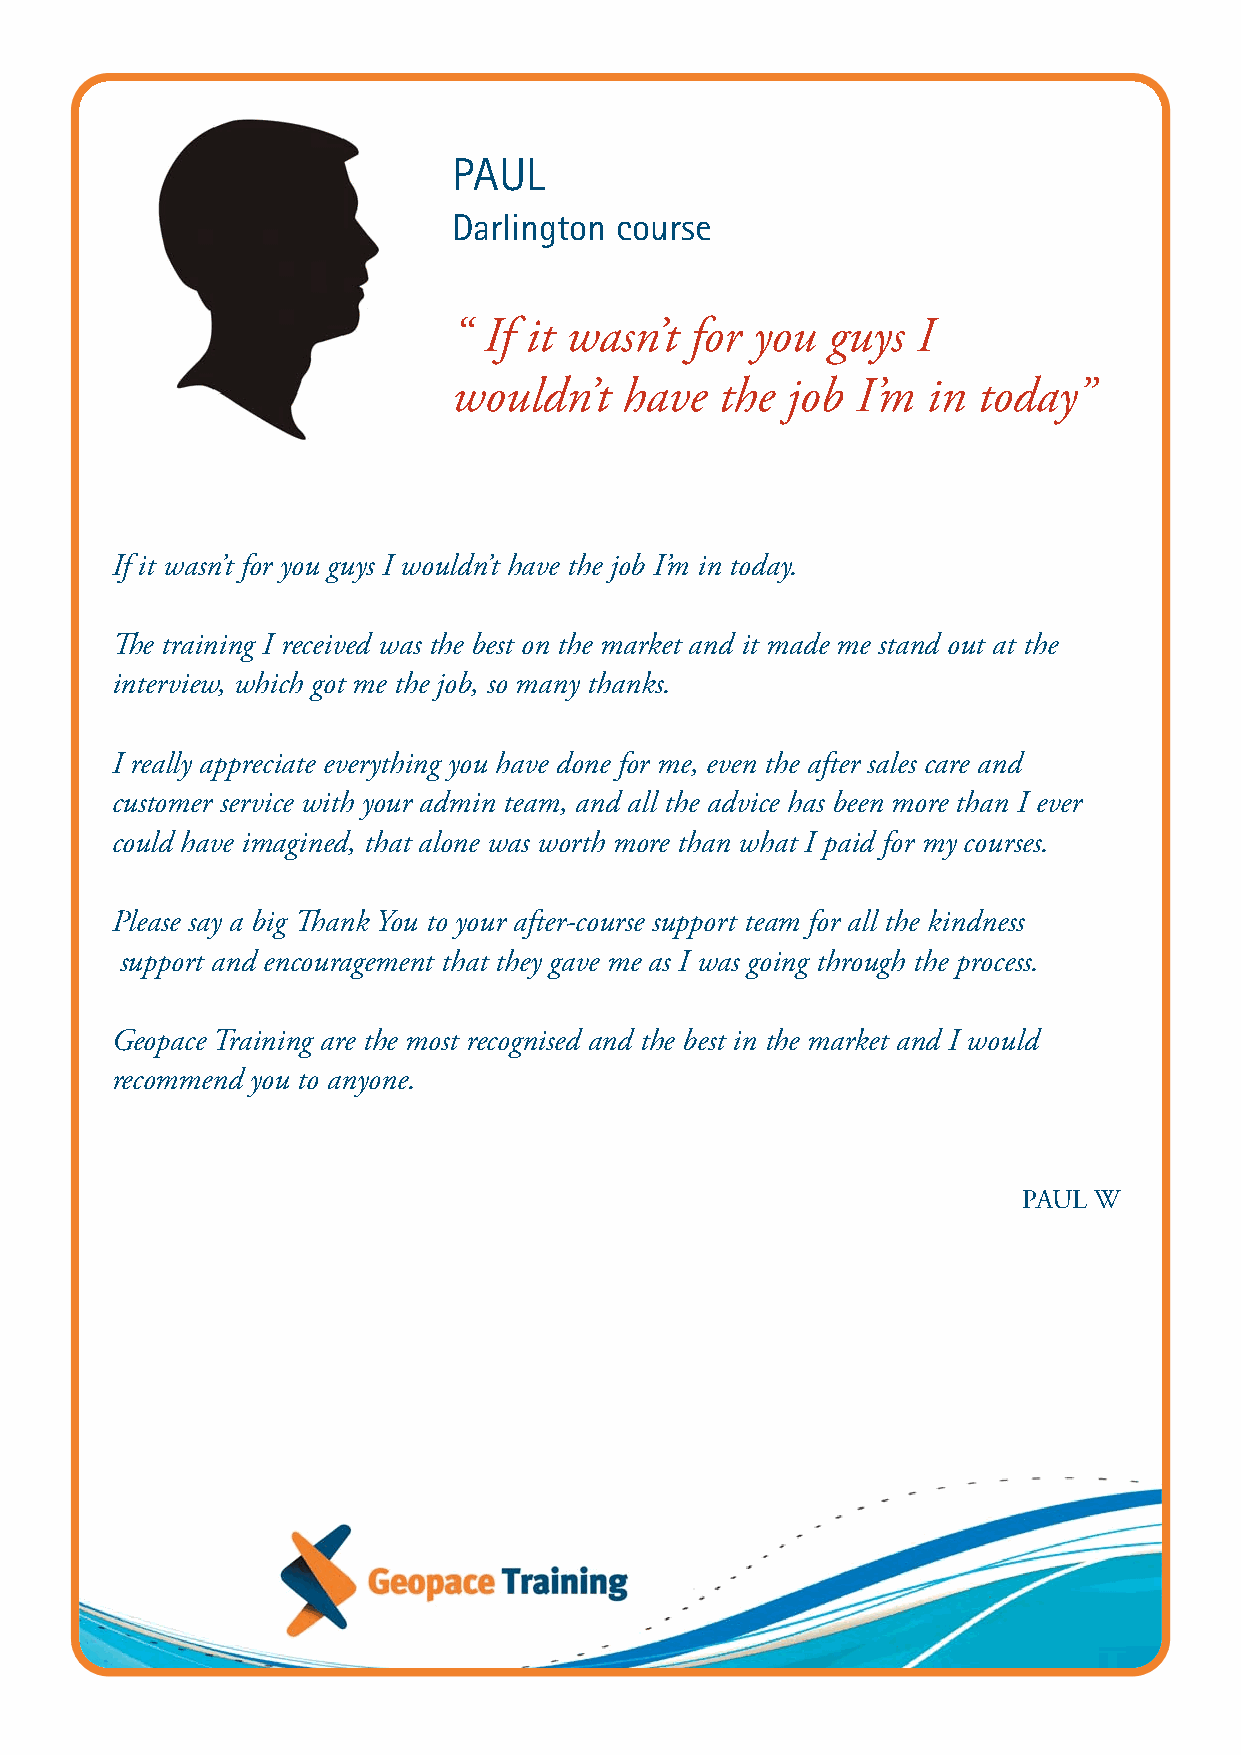
PAUL
 Darlington course
 “ If it wasn’t  for you  guys  I
 wouldn’t   have   the job  I’m in  today”
 If it wasn’t for you guys I wouldn’t have the job I’m in today.
 The training I received was the best on the market and it made me stand out at the
 interview, which got me the job, so many thanks.
 I really appreciate everything you have done for me, even the after sales care and
 customer service with your admin team, and all the advice has been more than I ever
 could have imagined, that alone was worth more than what I paid for my courses.
 Please say a big Thank You to your after-course support team for all the kindness
 support and encouragement that they gave me as I was going through the process.
 Geopace Training are the most recognised and the best in the market and I would
 recommend you to anyone.
 PAUL W